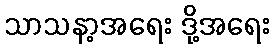
သာသနာ့အရေး ဒို့အရေး